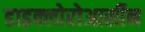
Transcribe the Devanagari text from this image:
डाइक्लोरोआर्सीन